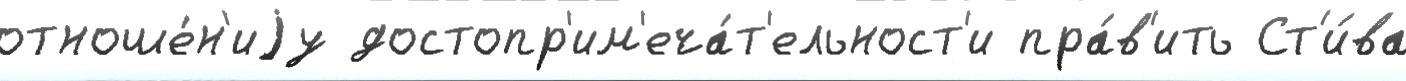
отноше́н'иjу достопр'им'еча́т'ельност'и пра́в'ить Ст'и́ва